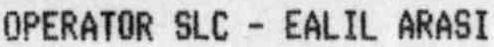
OPERATOR SLC - EALIL ARASI